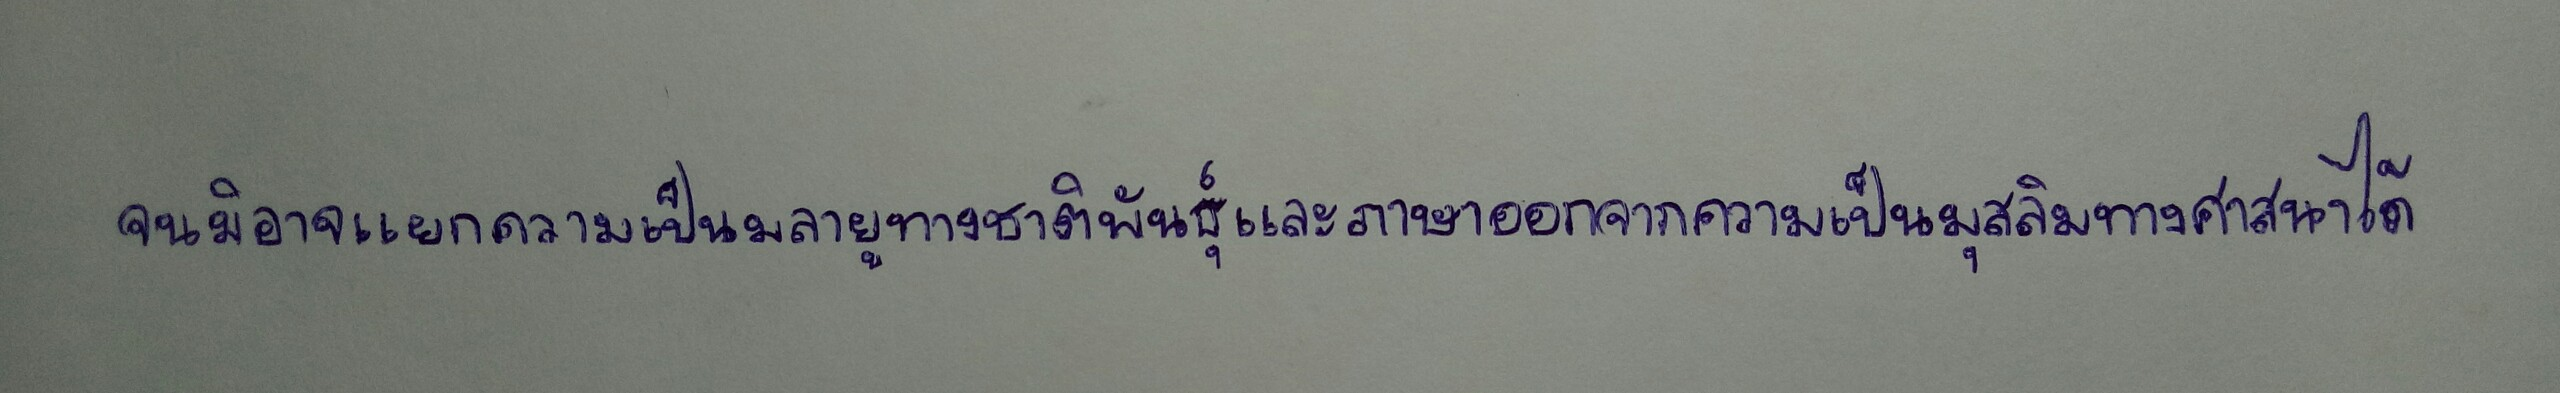
จนมิอาจแยกความเป็นมลายูทางชาติพันธุ์และภาษาออกจากความเป็นมุสลิมทางศาสนาได้